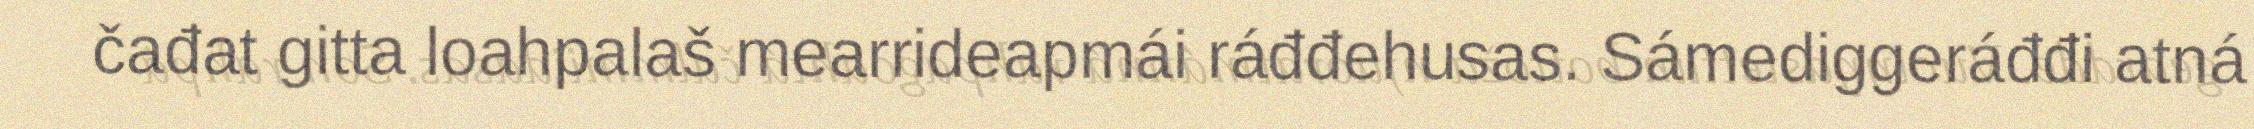
čađat gitta loahpalaš mearrideapmái ráđđehusas. Sámediggeráđđi atná